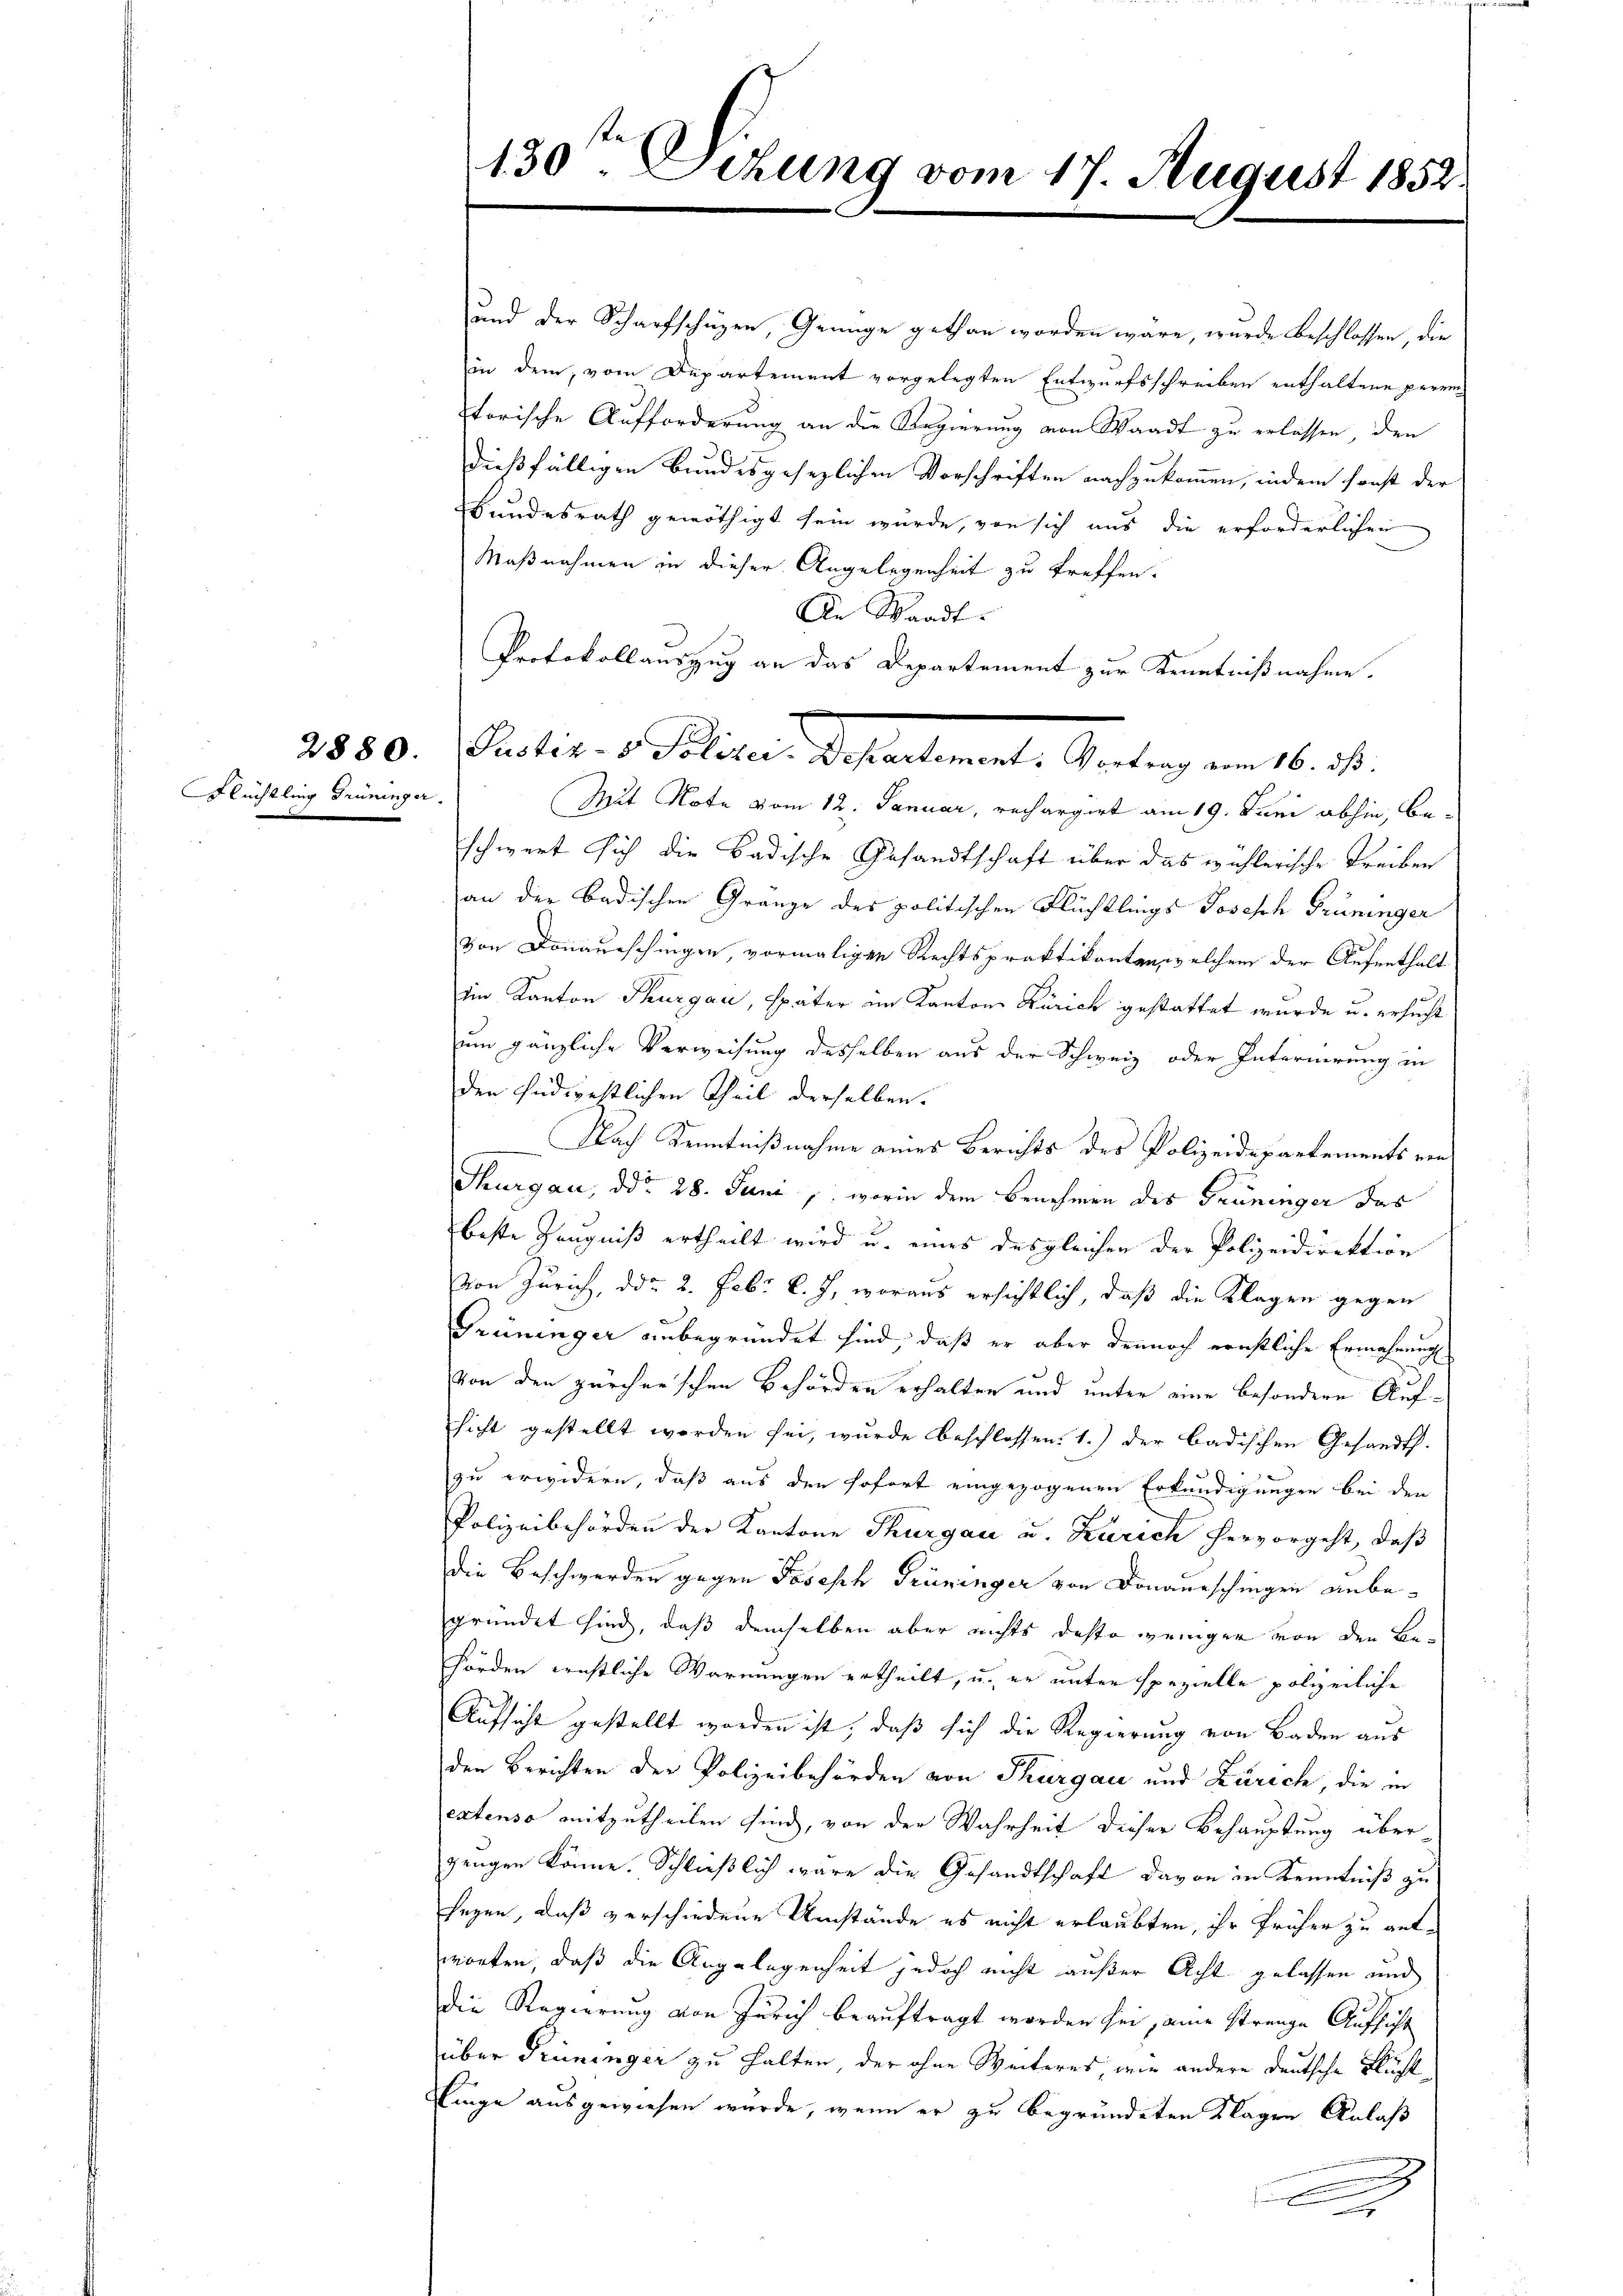
Flüchtling Grüninger.

130ten Oetung vom 17. August 1852.

und der Scharfschüzen, Genüge gethan worden wäre, wurde beschlossen, die
in dem, vom Departement vorgelegten Entwurfsschreiben enthaltene perren
torische Aufforderung an die Regierung von Waadt zu erlassen, den
dießfälligen Bundesgesezlichen Vorschriften nachzukommen, indem sonst der
Bundesrath genöthigt sein würde, von sich aus die erforderlichen
Maßnahmen in dieser Angelegenheit zu treffen.
An Waadt.
Mit Note vom 12. Januar, rechargirt am 19. Juni abhin, be-
schwert sich die Badische Gesandtschaft über das wohlerische Treiben
an der Badischen Gränze des politischen Flüchtlings Josesch Grüninger
von Donaurschingen, vormaligen Rechtspraktikanten, welchem der Aufenthalt
iin Kanton Thurgau, später im Kantons Zürich gestattet wurde u. ersucht
um gänzliche Verweisung desselben aus der Schweiz oder Interierung in
den südwestlichen Theil derselben.
Nach Kenntnißnahme eines Berichts des Polizeidepartements von
Thurgau, ddo 28. Juni, worin dem Benehmen des Grüninger das
beste Zeugniß ertheilt wird u. eines des gleichen der Polizeidirektion
von Zürich, ddo 2. Febr. v. J. woraus ersichtlich, daß die Klagen gegen
Grüninger unbegründet sind, daß er aber dennoch ernstliche Ermahnung
Von den zürcherschen Behörden erhalten und unter eine besondere Aufsicht gestellt werden sei, wurde beschlossen: 1.) der badischen Gesandts
zu erwidern, daß aus den sofort eingezogenen Erkundigungen bei den
Polizeibehörden der Kantone Thurgau u. Zürich hervorgeht, daß
die Beschwerden gegen Joseph Grüninger von Donausschingen anbegründet sind, daß demselben aber nichts desto weniger von den Behörden ernstliche Warnungen ertheilt, u. er unter spezielle polizeiliche
Aufsicht gestellt worden ist, daß sich die Regierung von Baden aus
den Berichten der Polizeibehörden von Thurgau und Zürich, die in
extenso mitzutheilen sind, von der Wahrheit dieser Behauptung überzengen könne. Schließlich wäre die Gesandtschaft davon in Kenntniß zu
segen, daß verschiedene Umstände es nicht erlaubten, ihr früher zu antworten, daß die Angelegenheit jedoch nicht außer Acht gelassen und
die Regierung von Zürich beauftragt worden sei, eine Strenge Aufsicht
über Prüninger zu halten der ohne Weiteres wie andere deutsche Fluchtlinge ausgewiesen wurde, wenn er zu begründeten Klagen Anlaß

Protokollauszug an das Departement zur Kenntnißnahme.
2550. Petit. Politier Departement. Antrag vom 16. Fr.